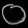
Digit: ၀